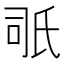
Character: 𣱇